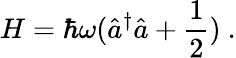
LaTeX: H=\hbar\omega({\hat{a}}^{\dagger}{\hat{a}}+{\frac{1}{2}})~.